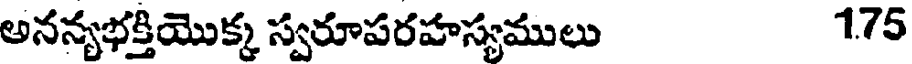
అనన్యభక్తియొక్క స్వరూపరహస్యములు 175